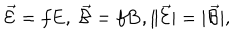
LaTeX: \vec { \cal E } = f { \bf E } , \ \vec { \cal B } = f { \bf B } , \| \vec { \cal E } | = | \vec { \cal B } | ,